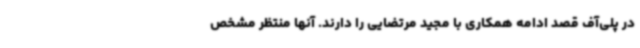
در پلی‌آف قصد ادامه همکاری با مجید مرتضایی را دارند. آنها منتظر مشخص